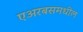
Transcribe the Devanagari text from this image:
एअरबसमधील